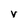
Character: V